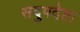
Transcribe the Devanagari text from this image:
सदुपदेष्टा